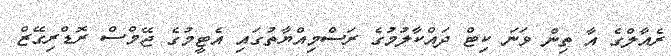
ރެއާލްގެ އާ ތިން ވަނަ ކިޓް ދައްކާލުމުގެ ރަސްމިއްޔާތުގައި އެޓީމުގެ ޖޭމްސް ރޮޑްރިގޭޒް